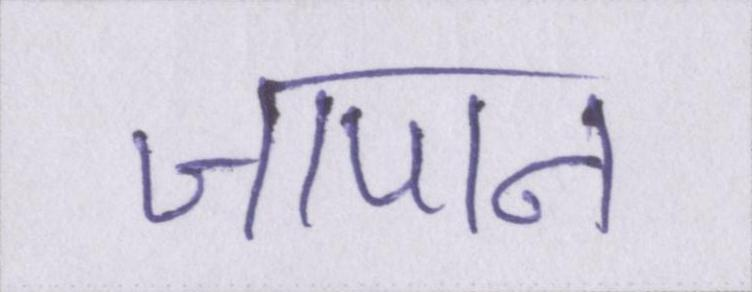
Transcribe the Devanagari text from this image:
जापान